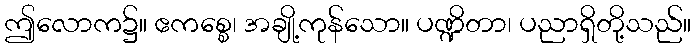
ဤလောက၌။ ဧကစ္စေ၊ အချို့ကုန်သော။ ပဏ္ဍိတာ၊ ပညာရှိတို့သည်။